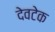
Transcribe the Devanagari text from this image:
देवटेक